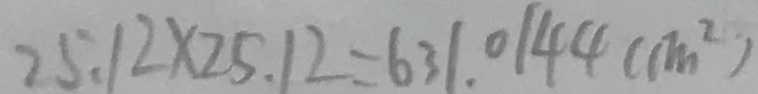
2 5 . 1 2 \times 2 5 . 1 2 = 6 3 1 . 0 1 4 4 ( c m ^ { 2 } )